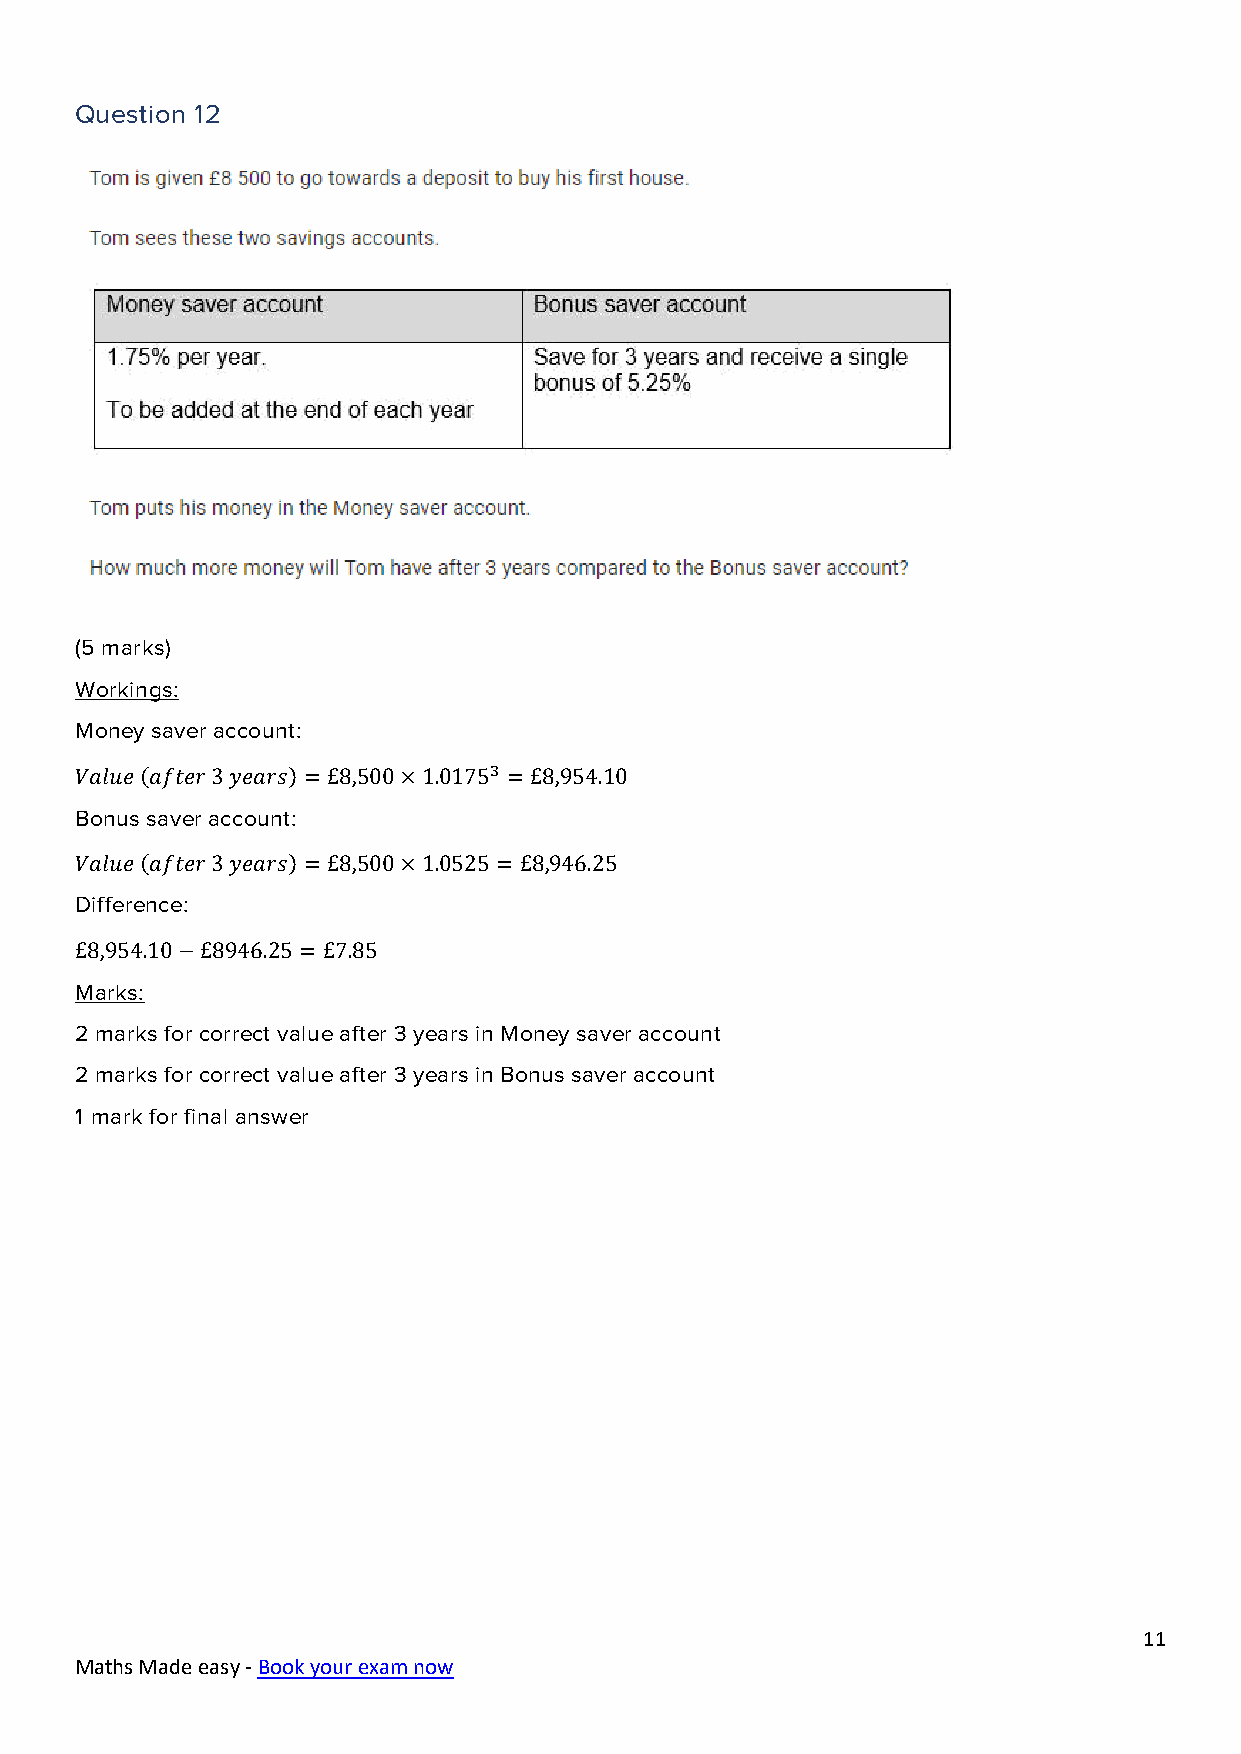
Question 12
 (5 marks)
 Workings:
 Money saver account:
 𝑉𝑎𝑙𝑢𝑒 (𝑎𝑓𝑡𝑒𝑟 3 𝑦𝑒𝑎𝑟𝑠) =£8,500×1.01753 = £8,954.10
 Bonus saver account:
 𝑉𝑎𝑙𝑢𝑒 (𝑎𝑓𝑡𝑒𝑟 3 𝑦𝑒𝑎𝑟𝑠) =£8,500×1.0525 =£8,946.25
 Difference:
 £8,954.10−£8946.25 = £7.85
 Marks:
 2 marks for correct value after 3 years in Money saver account
 2 marks for correct value after 3 years in Bonus saver account
 1 mark for final answer
 11
 Maths Made easy - Book your exam now